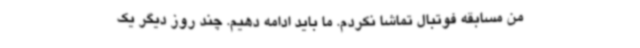
من مسابقه فوتبال تماشا نکردم. ما باید ادامه دهیم. چند روز دیگر یک